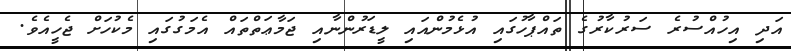
އަދި އިހުއްސުރެ ސަރުކާރުގެ ތައްޕާހުގައި އުޅެމުންއައި ލީޑަރުންނާއި ޖަމާޢަތްތައް އެމަގުގައި މެކުހަށް ޖެހީއެވެ.